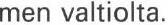
men valtiolta.